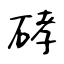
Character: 硣